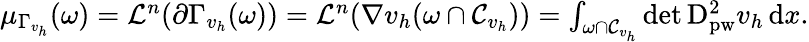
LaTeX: \begin{array}{r}{\mu_{\Gamma_{v_{h}}}(\omega)=\mathcal L^{n}(\partial\Gamma_{v_{h}}(\omega))=\mathcal L^{n}(\nabla v_{h}(\omega\cap\mathcal{C}_{v_{h}}))=\int_{\omega\cap\mathcal{C}_{v_{h}}}\operatorname*{det}\mathrm{D}_{\mathrm{pw}}^{2}v_{h}\, \mathrm{d}x.}\end{array}